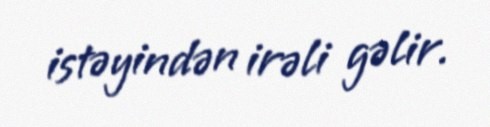
istəyindən irəli gəlir.